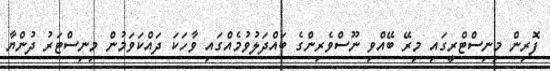
ފޮރިން މިނިސްޓްރީގައި މިރޭ ބޭއްވި ނޫސްވެރިންގެ ބައްދަލުވުމެއްގައި ވާހަކަ ދައްކަވަމުން މިނިސްޓަރު ދުންޔާ